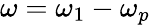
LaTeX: \omega=\omega_{1}-\omega_{p}